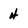
Character: 4